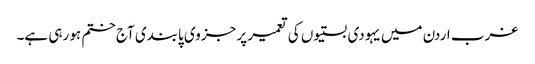
غرب اردن میں یہودی بستیوں کی تعمیر پر جزوی پابندی آج ختم ہو رہی ہے۔